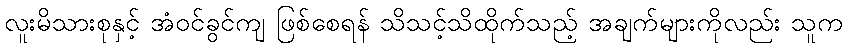
လူးမိသားစုနှင့် အံဝင်ခွင်ကျ ဖြစ်စေရန် သိသင့်သိထိုက်သည့် အချက်များကိုလည်း သူက